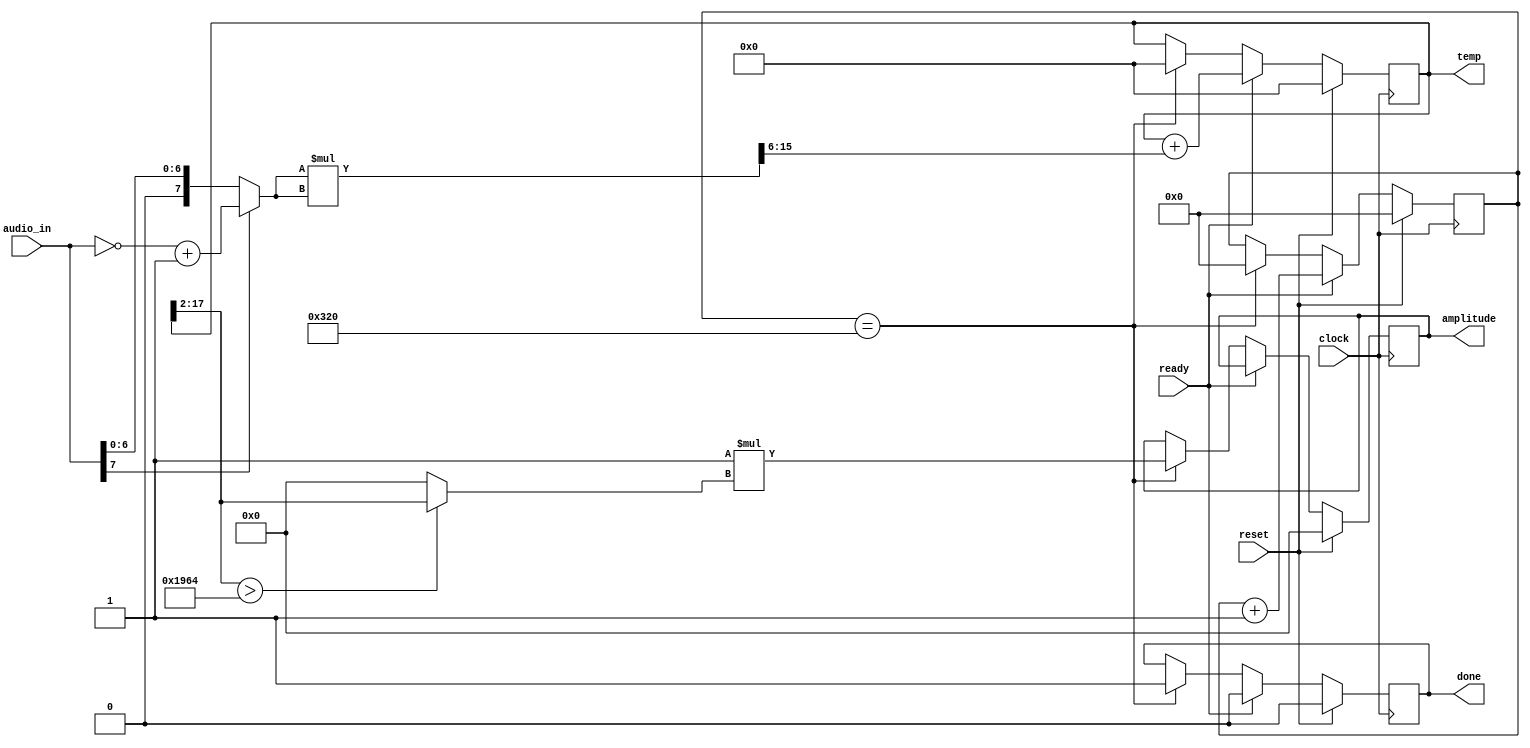
`timescale 1ns / 1ps
//////////////////////////////////////////////////////////////////////////////////
// Company: 
// Engineer: 
// 
// Design Name: 
// Module Name:    audio_amplitude2 
// Project Name: 
// Target Devices: 
// Tool versions: 
// Description: 
//
// Dependencies: 
//
// Revision: 
// Revision 0.01 - File Created
// Additional Comments: 
//
//////////////////////////////////////////////////////////////////////////////////
module audio_amplitude2(
    input clock,//system clock
    input reset,//system reset
    input ready,//ready signal from ac97
    input [7:0] audio_in,//audio data from ac97
    output [15:0] amplitude,//integrated output data
	 output [17:0] temp,//temp value used for debugging
	 output done//done output
    );

	//PARAMETERS
	parameter MULTIPLY = 1; //multiply value for right mic
	parameter THRESHHOLD = 6500;//Threshhold for right mic

	reg [9:0] count;//count for data coming in
	reg [15:0] amplitude_reg;//register for amplitude data
	reg [17:0] tmp_reg;//tmp register holding the sum
	reg done_reg;//done register
		
	wire [7:0] data;
	
	assign data = ((audio_in[7])? (~audio_in + 1): audio_in); //data comes in signed so take the magnitude
	
	always @(posedge clock)begin
		if(reset) begin//if reset clear the values
			amplitude_reg <= 0;
			count <= 0;
			tmp_reg <= 0;
			done_reg <= 0;
		end
		else begin
			if(ready) begin//when ready take in data entry square it and divide by 2^6
				tmp_reg <= tmp_reg + ((data*data)>>6);
				count <= count+1;
				done_reg <= 0;
			end
			else if(count == 10'd800) begin //once 800 sample have been taken multiply by MULTIPL value and take upper 16 bits
				amplitude_reg <= MULTIPLY*((tmp_reg[17:2] > THRESHHOLD)? tmp_reg[17:2]: 0);
				tmp_reg <= 0;
				count <= 0;
				done_reg <= 1;
			end
		end
	end
	
	//assignment of registers to outputs
	assign amplitude = amplitude_reg;
	assign temp = tmp_reg;	
	assign done = done_reg;

endmodule